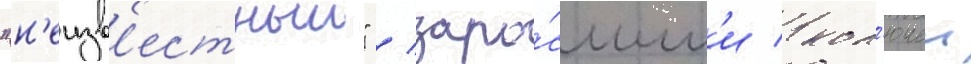
"н'еизв'естныи" / заро́сшим'и кол'ючеи